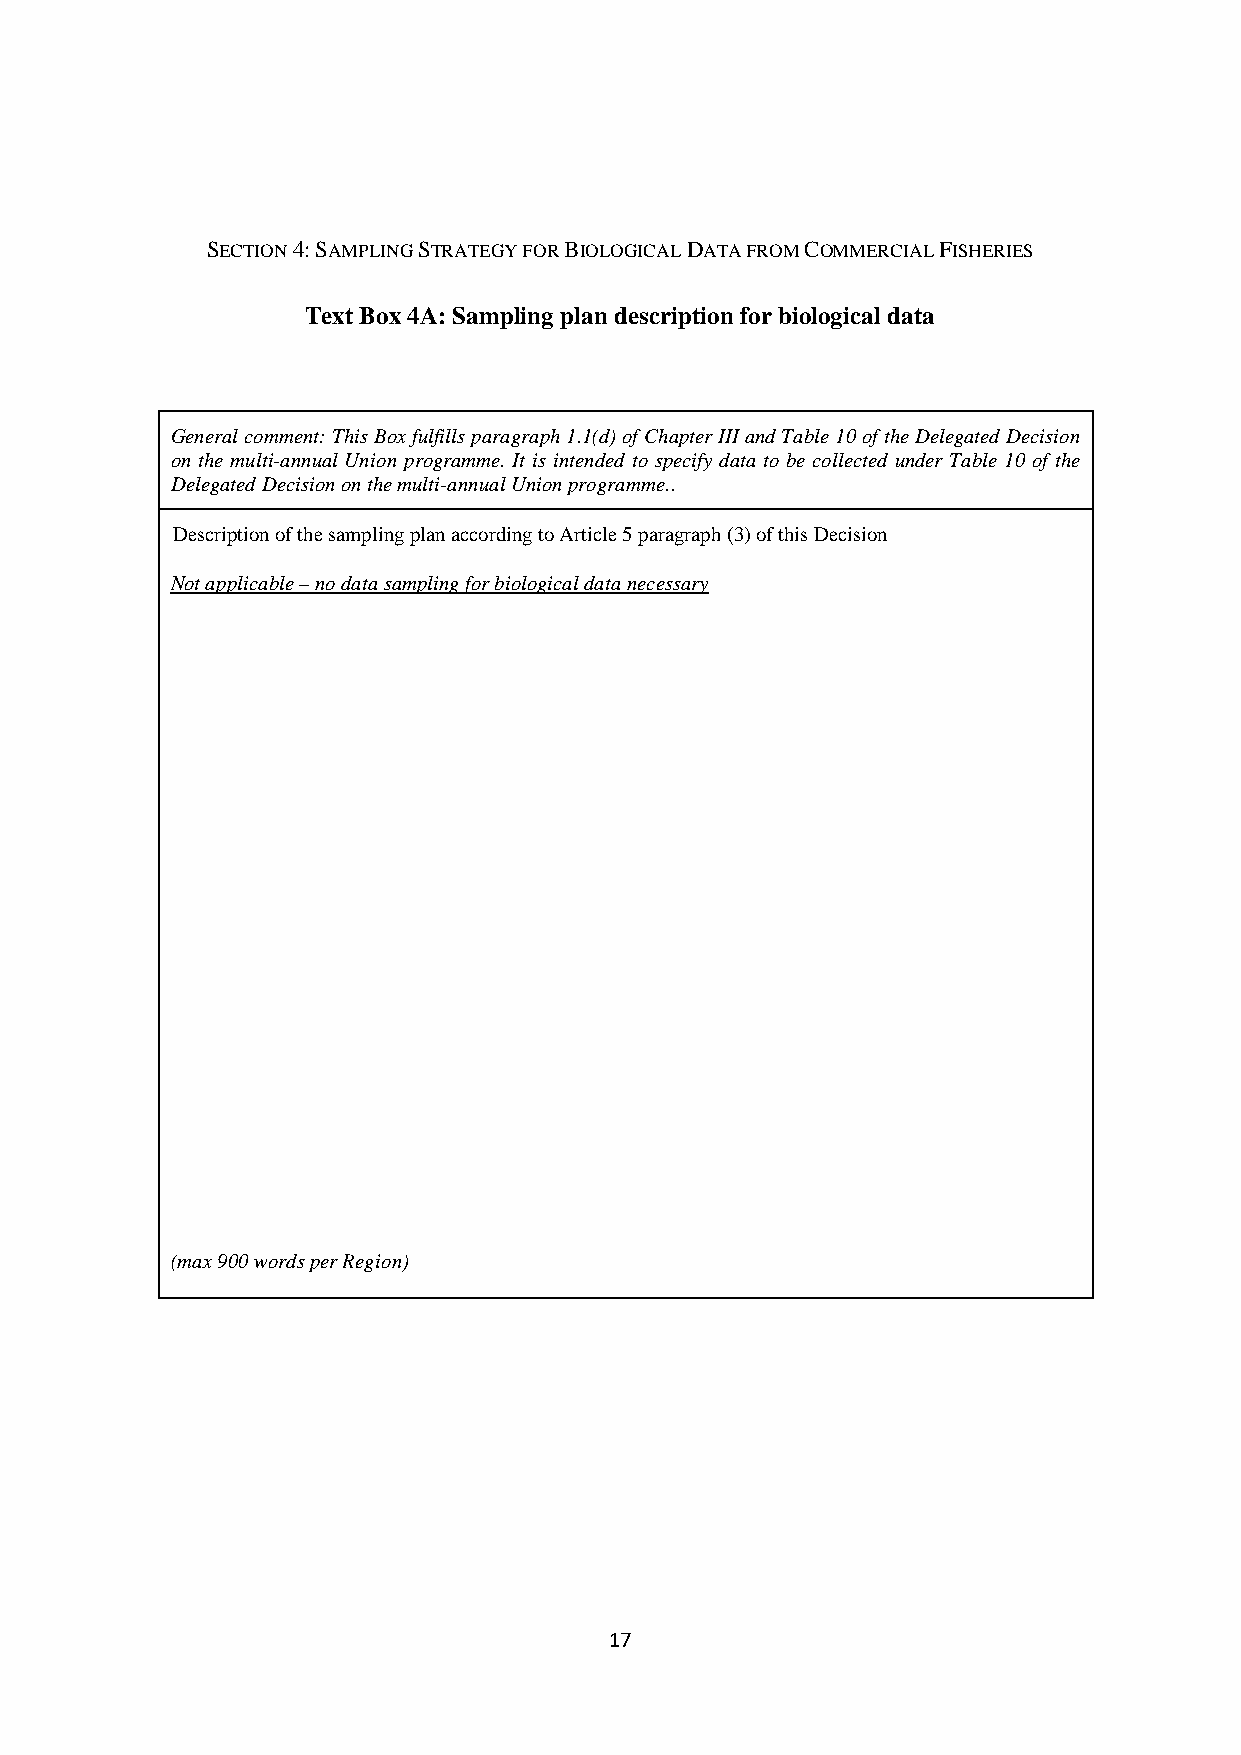
SECTION 4: SAMPLING STRATEGY FOR BIOLOGICAL DATA FROM COMMERCIAL FISHERIES
 Text Box 4A: Sampling plan description for biological data
 General comment: This Box fulfills paragraph 1.1(d) of Chapter III and Table 10 of the Delegated Decision
 on the multi-annual Union programme. It is intended to specify data to be collected under Table 10 of the
 Delegated Decision on the multi-annual Union programme..
 Description of the sampling plan according to Article 5 paragraph (3) of this Decision
 Not applicable – no data sampling for biological data necessary
 (max 900 words per Region)
 17